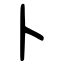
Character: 卜